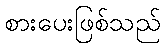
စားပေးဖြစ်သည်